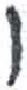
אות: ו